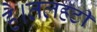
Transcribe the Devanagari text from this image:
है।तलहटी